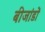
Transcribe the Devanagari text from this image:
बीजांडों